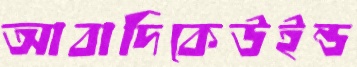
আবাদিকেউইন্ড